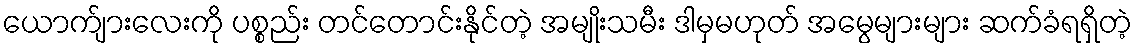
ယောက်ျားလေးကို ပစ္စည်း တင်တောင်းနိုင်တဲ့ အမျိုးသမီး ဒါမှမဟုတ် အမွေများများ ဆက်ခံရရှိတဲ့